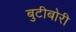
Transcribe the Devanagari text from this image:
बुटीबोरी